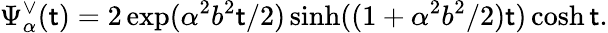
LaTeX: \Psi_{\alpha}^{\vee}(\mathsf{t})=2\exp(\alpha^{2}b^{2}\mathsf{t}/2)\sinh((1+\alpha^{2}b^{2}/2)\mathsf{t})\cosh\mathsf{t}.